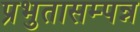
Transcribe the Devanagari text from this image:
प्रभुतासम्पन्न